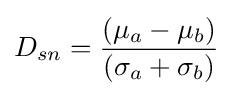
D_{sn}={(\mu _{a}-\mu _{b}) \over (\sigma _{a}+\sigma _{b})}